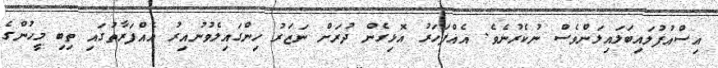
އިސްއުފުލައިބަލައިލަންވެސް ނުކެރުނެވެ. އެއްފަހަރު އޮޅިގެން ދުރަށް ނަޒަރު ހިންގައިލެވުނުއިރު އެއްފަރާތުގައި ތިބި މީހުންގެ